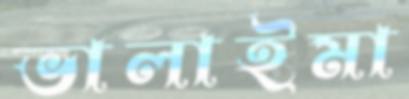
ভালাইমা